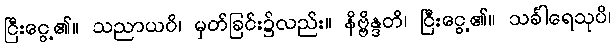
ငြီးငွေ့၏။ သညာယပိ၊ မှတ်ခြင်း၌လည်း။ နိဗ္ဗိန္ဒတိ၊ ငြီးငွေ့၏။ သင်္ခါရေသုပိ၊